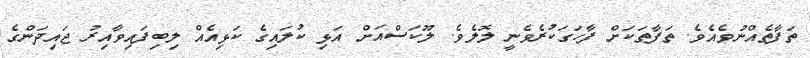
ތަފާތެއްނުވެއެވެ. ތަފާތަކަށް ފާހަގަކުރެވެނީ ލޮލެވެ. ލޫކަސްއަށް އަޅި ކުލައިގެ ކަޅިއެއް ލިބިފައިވާއިރު ޖައިދަންގެ